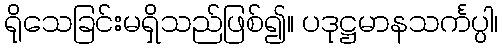
ရိုသေခြင်းမရှိသည်ဖြစ်၍။ ပဒုဋ္ဌမာနသင်္ကပ္ပါ၊